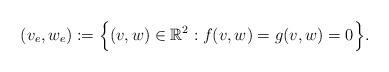
LaTeX: \begin{align*}(v_e,w_e):=\Big\{(v,w)\in\mathbb{R}^2:f(v,w)=g(v,w)=0\Big\}.\end{align*}